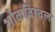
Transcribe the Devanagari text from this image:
शोकविह्वल